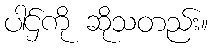
ပါဌ်ကို ဆိုသတည်း။